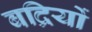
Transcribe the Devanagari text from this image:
बद्रियों